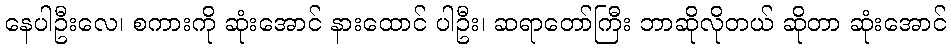
နေပါဦးလေ၊ စကားကို ဆုံးအောင် နားထောင် ပါဦး၊ ဆရာတော်ကြီး ဘာဆိုလိုတယ် ဆိုတာ ဆုံးအောင်